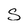
Character: S